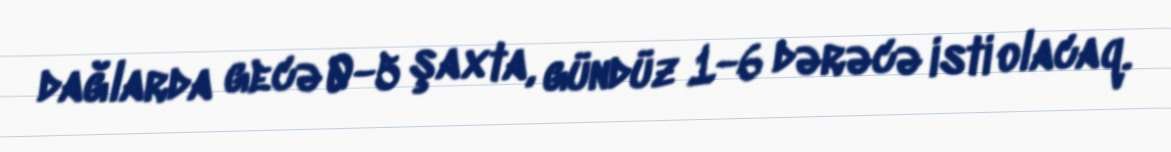
dağlarda gecə 0-5 şaxta, gündüz 1-6 dərəcə isti olacaq.